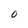
Character: O